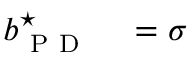
\begin{array} { r l } { b _ { \mathrm { ~ P ~ D ~ } } ^ { \star } } & { { } = \sigma } \end{array}